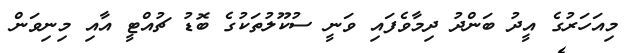
މިއަހަރުގެ އީދު ބަންދު ދިމާވެފައި ވަނީ ސުކޫލުތަކުގެ ބޮޑު ޗުއްޓީ އާއި މިނިވަން